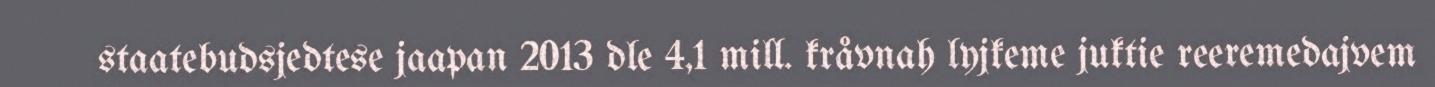
staatebudsjedtese jaapan 2013 dle 4,1 mill. kråvnah lyjkeme juktie reeremedajvem